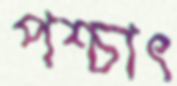
পশ্চাৎ